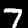
Label: 7